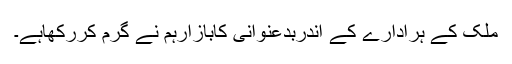
ملک کے ہرادارے کے اندربدعنوانی کابازارہم نے گرم کررکھاہے۔